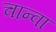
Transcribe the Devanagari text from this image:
चान्वा